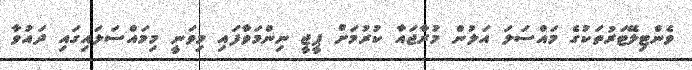
ވެންޓިލޭޓަރުތަކުގެ މައްސަލަ އަލުން މުރާޖައާ ކުރުމަށް ޕީޖީ ނިންމަވާފައި މިވަނީ މިމައްސަލައިގައި ދައުވާ